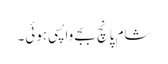
شام پانچ بجے واپسی ہوئی۔